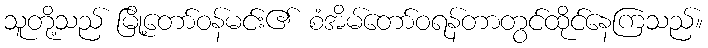
သူတို့သည် မြို့တော်ဝန်မင်း၏ စံအိမ်တော်ဝရန်တာတွင်ထိုင်နေကြသည်။